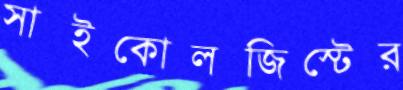
সাইকোলজিস্টের